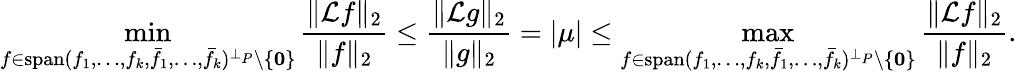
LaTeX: \operatorname*{min}_{f\in\mathrm{span}(f_{1},\ldots,f_{k},\bar{f}_{1},\ldots,\bar{f}_{k})^{\bot_{P}}\setminus\{ \mathbf{0}\} }\frac{\| \mathcal{L}f\| _{2}}{\| f\| _{2}}\le\frac{\| \mathcal{L}g\| _{2}}{\| g\| _{2}}=|\mu|\le\operatorname*{max}_{f\in\mathrm{span}(f_{1},\ldots,f_{k},\bar{f}_{1},\ldots,\bar{f}_{k})^{\bot_{P}}\setminus\{ \mathbf{0}\} }\frac{\| \mathcal{L}f\| _{2}}{\| f\| _{2}}.